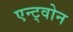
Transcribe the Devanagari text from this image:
एन्ट्वोन